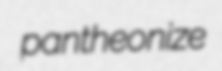
pantheonize